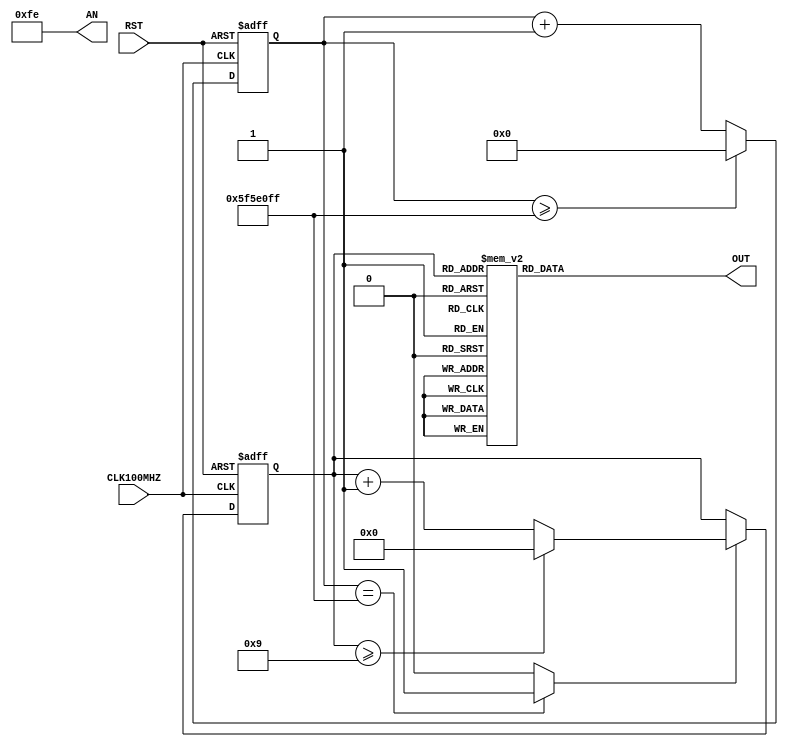
module contador(
    input CLK100MHZ,
	input RST,
	output reg [7:0] AN,
	output reg [6:0] OUT
	);
	reg [26:0] CONTADOR_SEG; // Contador para generar segundos segun el CLK de la placa. 134.217.728 (ms) para generar CLK
    wire SEGUNDO; // Indicador que paso un segundo.
    reg [3:0] DISPLAY; // Numero que mostrara el display.Cantidad de Bits por que por display
	
	always @(posedge CLK100MHZ or posedge RST)
	begin
		if(RST==1)
			CONTADOR_SEG <= 0;
		else begin
			if(CONTADOR_SEG>=99999999) 
                 CONTADOR_SEG <= 0;
            else
                CONTADOR_SEG <= CONTADOR_SEG + 1;
		end
	end
	assign SEGUNDO = (CONTADOR_SEG==99999999)?1:0;
	
	always @(posedge CLK100MHZ or posedge RST)
	begin
		if(RST==1)
			DISPLAY <= 0;
		else if(SEGUNDO==1) begin
		    if(DISPLAY>=9)
		        DISPLAY <= 0;
		    else
		        DISPLAY <= DISPLAY + 1;
		end 
	end
	
	always @(*)
    begin
        case(DISPLAY)
        4'b0000: OUT = 7'b0000001; // "0"     
        4'b0001: OUT = 7'b1001111; // "1" 
        4'b0010: OUT = 7'b0010010; // "2" 
        4'b0011: OUT = 7'b0000110; // "3" 
        4'b0100: OUT = 7'b1001100; // "4" 
        4'b0101: OUT = 7'b0100100; // "5" 
        4'b0110: OUT = 7'b0100000; // "6" 
        4'b0111: OUT = 7'b0001111; // "7" 
        4'b1000: OUT = 7'b0000000; // "8"     
        4'b1001: OUT = 7'b0000100; // "9" 
        default: OUT = 7'b0000001; // "0"
        endcase
        AN = 8'b11111110; // El display que est activo ser el ltimo dado que es el que est en cero
    end
endmodule